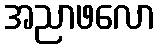
အညာဖလော